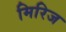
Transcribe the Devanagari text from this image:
मिरिज